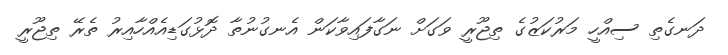
ދަނގެތި ސިއްހީ މަރުކަޒުގެ ތިޖޫރީ ވަގަށް ނަގާފައިވާކަން އެނގުނުތާ ދޮޅުގަޑިއެއްހާއިރު ތެރޭ ތިޖޫރީ